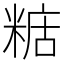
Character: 𥺨